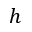
h